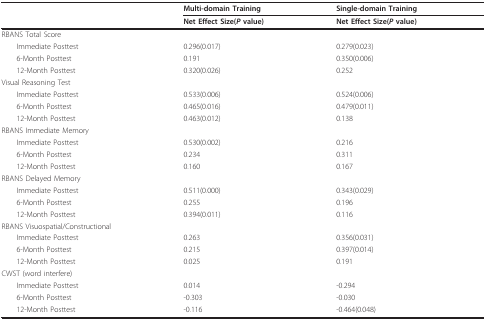
<table><thead><tr><td></td><td><b>Multi-domain Training</b></td><td><b>Single-domain Training</b></td></tr><tr><td></td><td><b>Net Effect Size(<i>P </i>value)</b></td><td><b>Net Effect Size(<i>P </i>value)</b></td></tr></thead><tbody><tr><td>RBANS Total Score</td><td></td><td></td></tr><tr><td> Immediate Posttest</td><td>0.296(0.017)</td><td>0.279(0.023)</td></tr><tr><td> 6-Month Posttest</td><td>0.191</td><td>0.350(0.006)</td></tr><tr><td> 12-Month Posttest</td><td>0.320(0.026)</td><td>0.252</td></tr><tr><td>Visual Reasoning Test</td><td></td><td></td></tr><tr><td> Immediate Posttest</td><td>0.533(0.006)</td><td>0.524(0.006)</td></tr><tr><td> 6-Month Posttest</td><td>0.465(0.016)</td><td>0.479(0.011)</td></tr><tr><td> 12-Month Posttest</td><td>0.463(0.012)</td><td>0.138</td></tr><tr><td>RBANS Immediate Memory</td><td></td><td></td></tr><tr><td> Immediate Posttest</td><td>0.530(0.002)</td><td>0.216</td></tr><tr><td> 6-Month Posttest</td><td>0.234</td><td>0.311</td></tr><tr><td> 12-Month Posttest</td><td>0.160</td><td>0.167</td></tr><tr><td>RBANS Delayed Memory</td><td></td><td></td></tr><tr><td> Immediate Posttest</td><td>0.511(0.000)</td><td>0.343(0.029)</td></tr><tr><td> 6-Month Posttest</td><td>0.255</td><td>0.196</td></tr><tr><td> 12-Month Posttest</td><td>0.394(0.011)</td><td>0.116</td></tr><tr><td>RBANS Visuospatial/Constructional</td><td></td><td></td></tr><tr><td> Immediate Posttest</td><td>0.263</td><td>0.356(0.031)</td></tr><tr><td> 6-Month Posttest</td><td>0.215</td><td>0.397(0.014)</td></tr><tr><td> 12-Month Posttest</td><td>0.025</td><td>0.191</td></tr><tr><td>CWST (word interfere)</td><td></td><td></td></tr><tr><td> Immediate Posttest</td><td>0.014</td><td>-0.294</td></tr><tr><td> 6-Month Posttest</td><td>-0.303</td><td>-0.030</td></tr><tr><td> 12-Month Posttest</td><td>-0.116</td><td>-0.464(0.048)</td></tr></tbody></table>